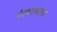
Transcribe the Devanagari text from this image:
गेल्यानंतरच